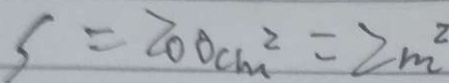
s = 2 0 0 c m ^ { 2 } = 2 m ^ { 2 }